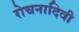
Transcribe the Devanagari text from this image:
रोचनादिवी